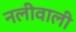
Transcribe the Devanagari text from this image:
नलीवाली